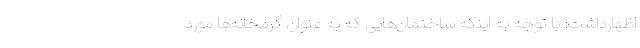
اظهارداشت: با توجه به اینکه ساختمان‌هایی که به عنوان گرمخانه‌ها مورد